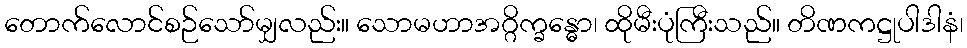
တောက်လောင်စဉ်သော်မျှလည်း။ သောမဟာအဂ္ဂိက္ခန္ဓော၊ ထိုမီးပုံကြီးသည်။ တိဏကဋ္ဌုပါဒါနံ၊